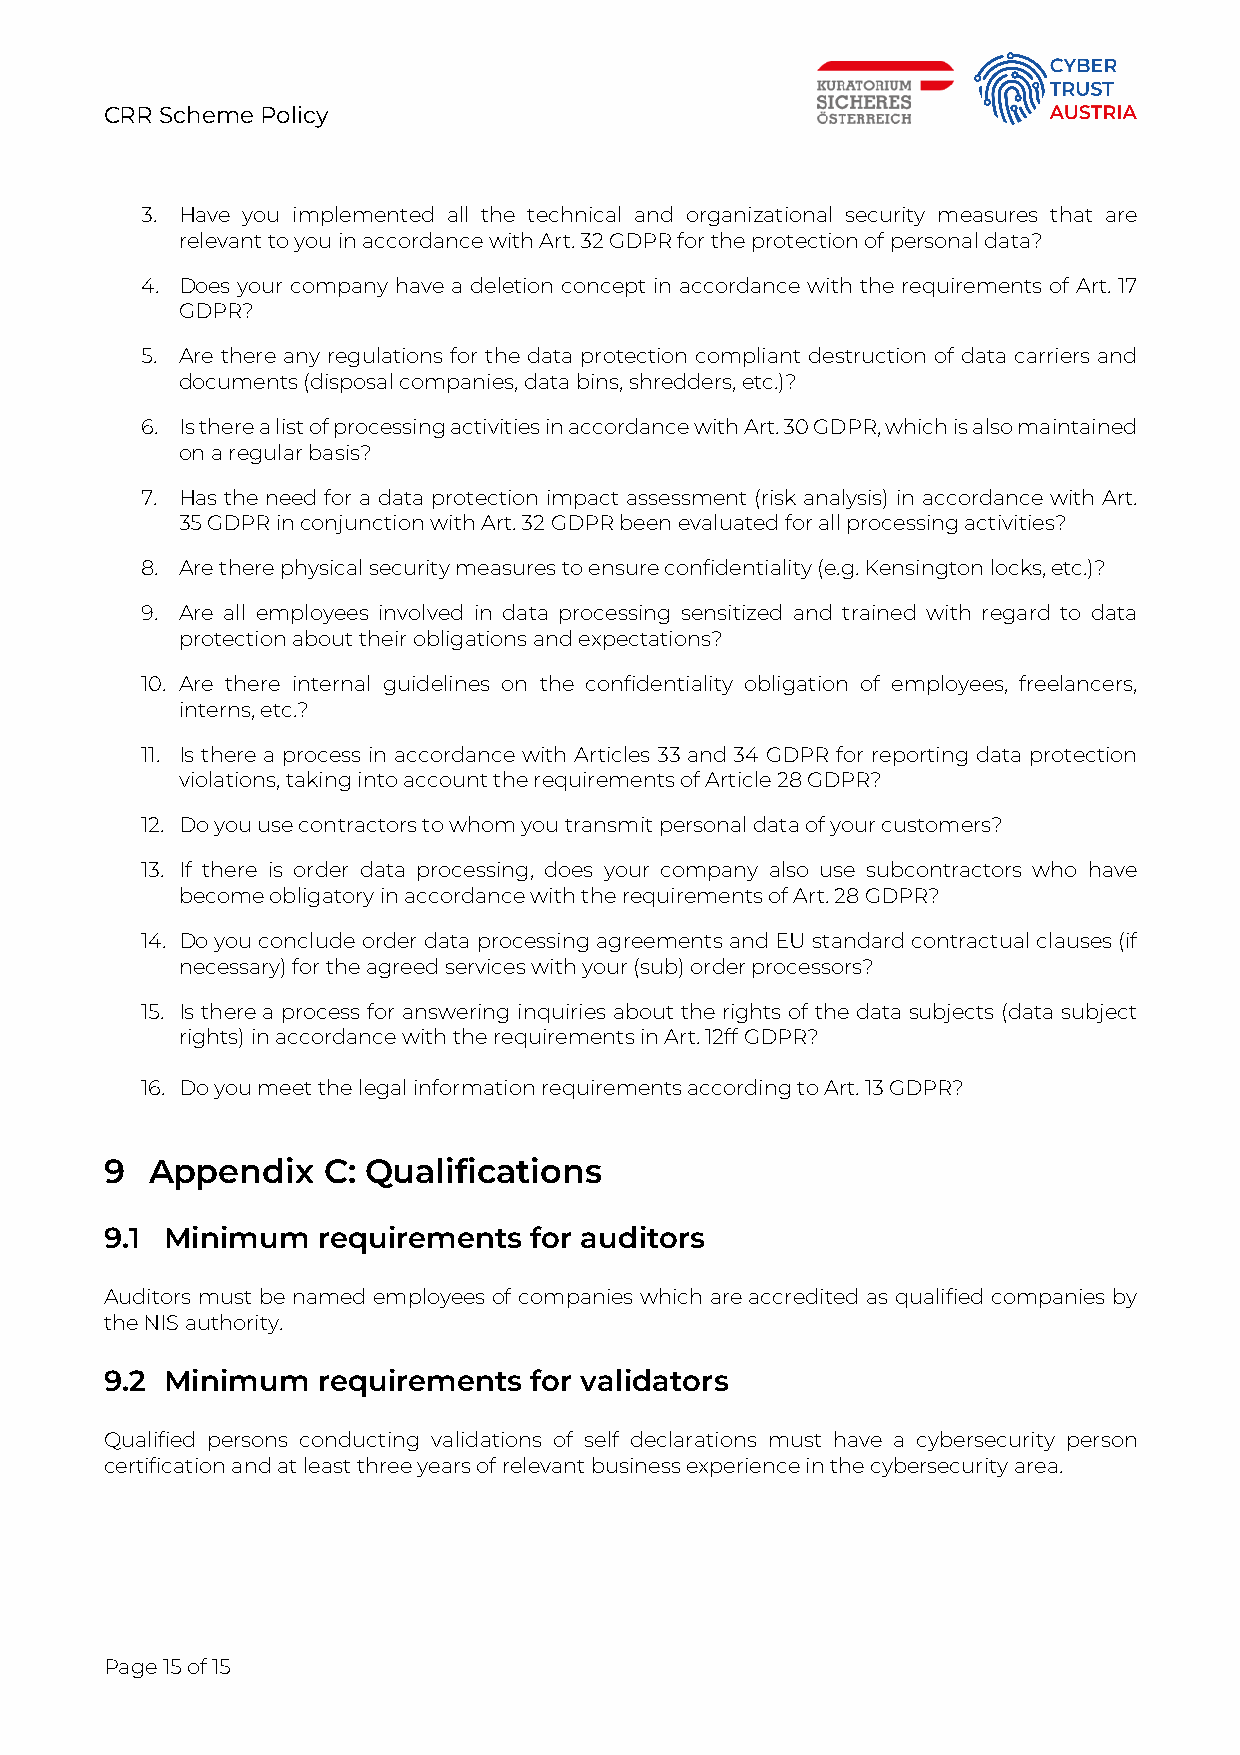
CRR Scheme Policy
 3. Have you implemented all the technical and organizational security measures that are
 relevant to you in accordance with Art. 32 GDPR for the protection of personal data?
 4. Does your company have a deletion concept in accordance with the requirements of Art. 17
 GDPR?
 5. Are there any regulations for the data protection compliant destruction of data carriers and
 documents (disposal companies, data bins, shredders, etc.)?
 6. Is there a list of processing activities in accordance with Art. 30 GDPR, which is also maintained
 on a regular basis?
 7. Has the need for a data protection impact assessment (risk analysis) in accordance with Art.
 35 GDPR in conjunction with Art. 32 GDPR been evaluated for all processing activities?
 8. Are there physical security measures to ensure confidentiality (e.g. Kensington locks, etc.)?
 9. Are all employees involved in data processing sensitized and trained with regard to data
 protection about their obligations and expectations?
 10. Are there internal guidelines on the confidentiality obligation of employees, freelancers,
 interns, etc.?
 11. Is there a process in accordance with Articles 33 and 34 GDPR for reporting data protection
 violations, taking into account the requirements of Article 28 GDPR?
 12. Do you use contractors to whom you transmit personal data of your customers?
 13. If there is order data processing, does your company also use subcontractors who have
 become obligatory in accordance with the requirements of Art. 28 GDPR?
 14. Do you conclude order data processing agreements and EU standard contractual clauses (if
 necessary) for the agreed services with your (sub) order processors?
 15. Is there a process for answering inquiries about the rights of the data subjects (data subject
 rights) in accordance with the requirements in Art. 12ff GDPR?
 16. Do you meet the legal information requirements according to Art. 13 GDPR?
 9  Appendix   C: Qualifications
 9.1 Minimum   requirements  for auditors
 Auditors must be named employees of companies which are accredited as qualified companies by
 the NIS authority.
 9.2 Minimum   requirements  for validators
 Qualified persons conducting validations of self declarations must have a cybersecurity person
 certification and at least three years of relevant business experience in the cybersecurity area.
 Page 15 of 15